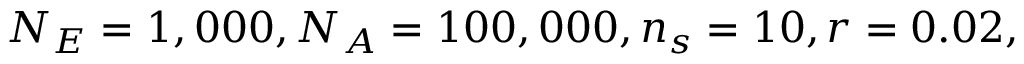
N _ { E } = 1 , 0 0 0 , N _ { A } = 1 0 0 , 0 0 0 , n _ { s } = 1 0 , r = 0 . 0 2 ,